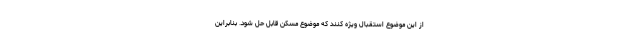
از این موضوع استقبال ویژه کنند که موضوع مسکن قابل حل شود. بنابراین